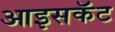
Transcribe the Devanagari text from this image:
आइसकॅट